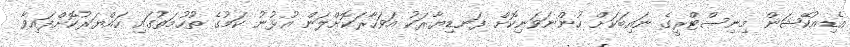
އެޑިއުކޭޝަން މިނިސްޓްރީގެ ނައިބަކަށް ހުންނަވަނިކޮށް ފަނޑިޔާރަކު އަވަހާރަކޮށްލަން އުޅުނު ކަމުގެ ތުހުމަތުގައި ހައްޔަރުކޮށްފައިވާ